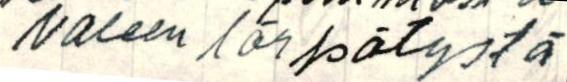
valeen lörpötystä